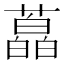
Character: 藠